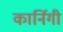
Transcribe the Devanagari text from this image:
कार्निगी